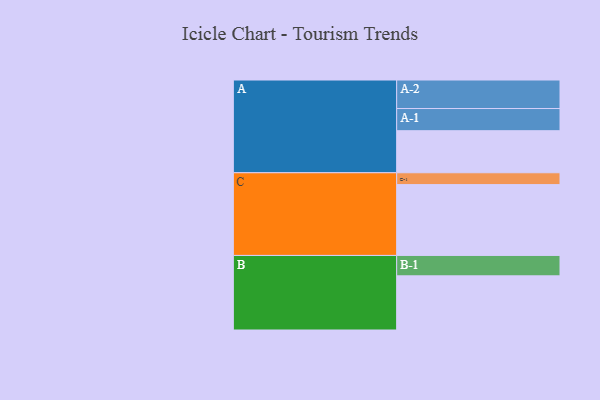
{"axis": {"x": "Segment", "y": "Value"}, "legend": ["", "A", "B", "C"], "data": [{"x": "A", "y": 305, "type": ""}, {"x": "B", "y": 393, "type": ""}, {"x": "C", "y": 514, "type": ""}, {"x": "A-1", "y": 161, "type": "A"}, {"x": "A-2", "y": 207, "type": "A"}, {"x": "B-1", "y": 148, "type": "B"}, {"x": "C-1", "y": 86, "type": "C"}]}